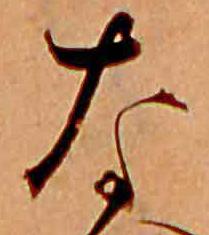
な